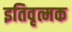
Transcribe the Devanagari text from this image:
इतिवृत्मक